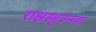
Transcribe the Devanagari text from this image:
राक्षस्भुवन्च्या